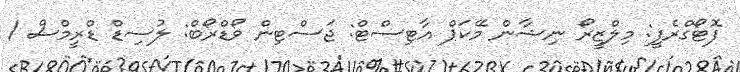
ފޮޓޯގްރެފީ: މިލްޒީރޯ ނިޝާން މޭކަޕް އާޓިސްޓް: ޖަސްޓިން ވޯޑްރޯބް: ލުސިޑް ޑްރީމްސް /